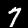
Digit: 7